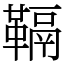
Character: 䩹